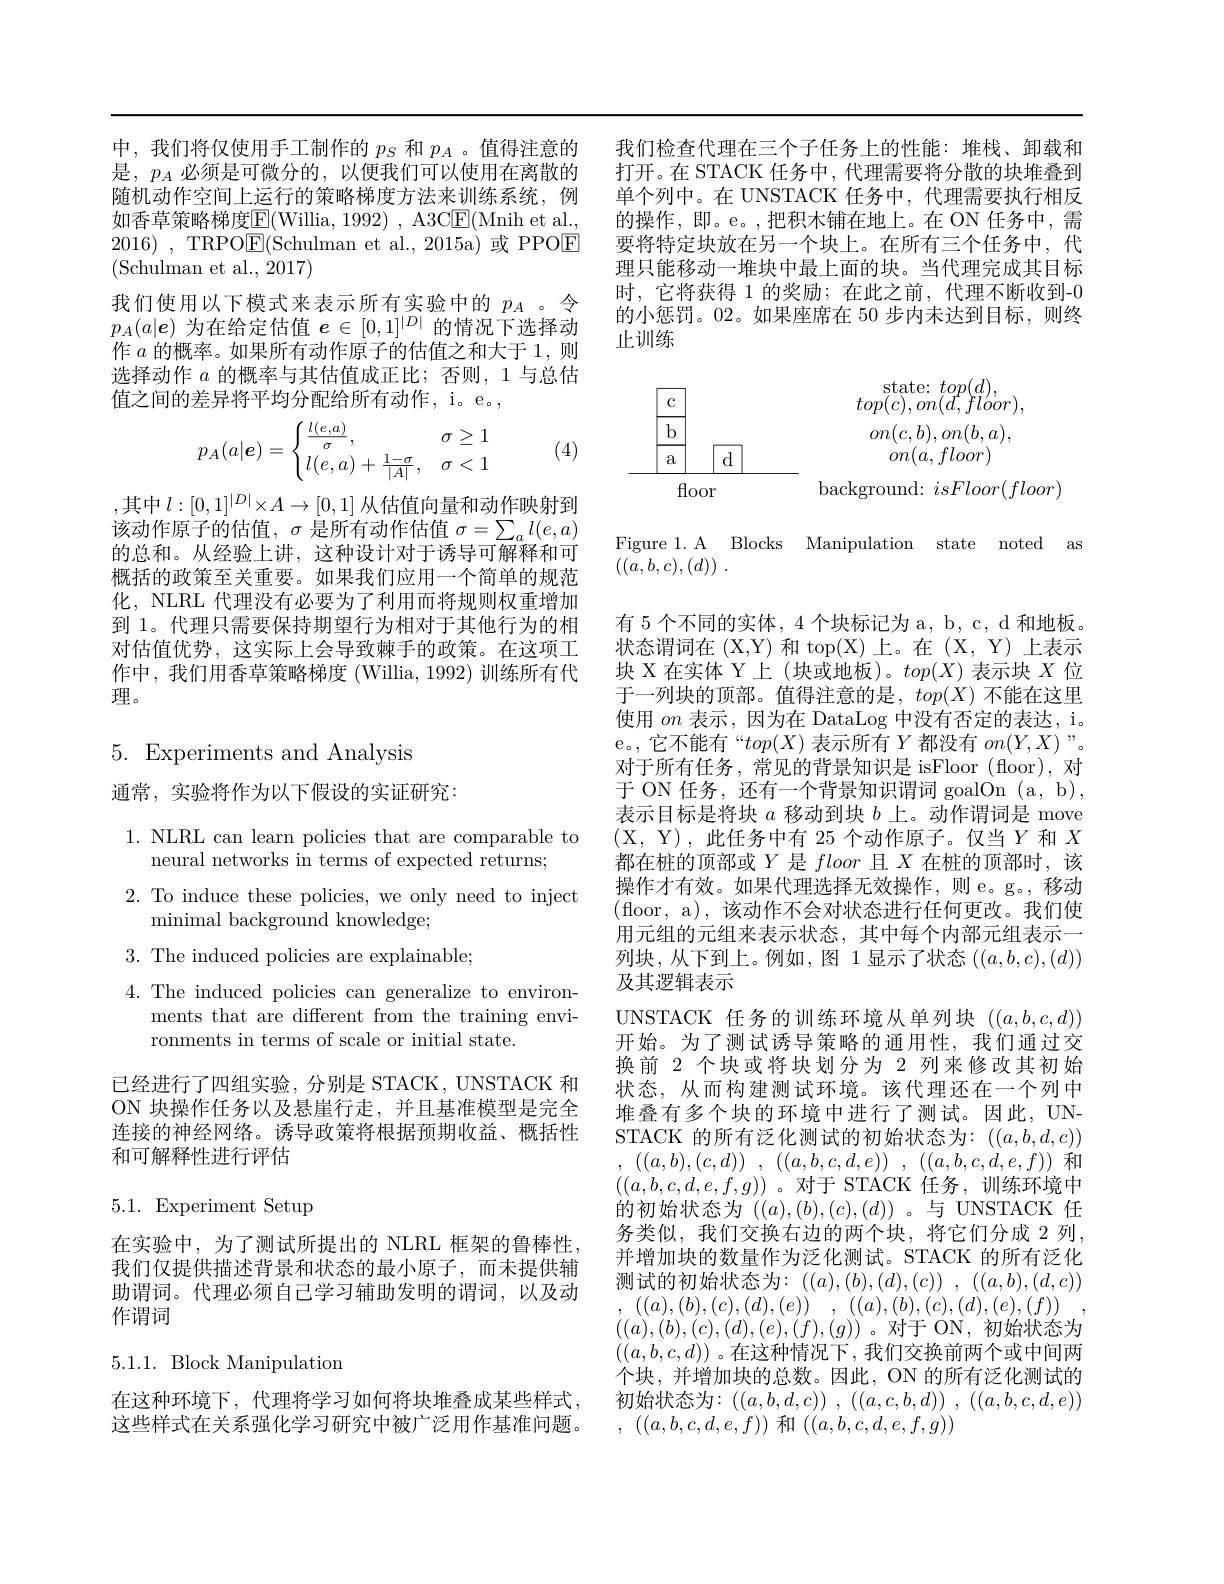
中，我们将仅使用手工制作的$p_S$和$p_A$ 。值得注意的如香草策略梯度$\boxed{\mathrm{E}}($Willia, 1992) , A3C$\boxed{\mathrm{F}}($Mnih et al., 2016) , TRPOE(Schulman et al.,2015a)或 PPOE (Schulman et al., 2017)
我们使用以下模式来表示所有实验中的$p_A$ 。令$p_A(a|\boldsymbol{e})$为在给定估值$e\in[0,1]^|D|$的情况下选择动作$a$的概率。如果所有动作原子的估值之和大于 1,则选择动作$a$的概率与其估值成正比；否则，1与总估值之间的差异将平均分配给所有动作，i。e。,
$$p_A(a|\boldsymbol e)=\begin{cases}\frac{l(e,a)}{\sigma},&\sigma\ge1\\l(e,a)+\frac{1-\sigma}{|A|},&\sigma<1\end{cases}$$
(4)

,其中 $l:[0,1]^|D|\times A\to[0,1]$ 从估值向量和动作映射到该动作原子的估值，$\sigma$是所有动作估值$\sigma=\sum_al(e,a)$ 的总和。从经验上讲，这种设计对于诱导可解释和可概括的政策至关重要。如果我们应用一个简单的规范化，NLRL 代理没有必要为了利用而将规则权重增加到 1。代理只需要保持期望行为相对于其他行为的相对估值优势，这实际上会导致棘手的政策。在这项工作中，我们用香草策略梯度(Willia,1992)训练所有代理。

$5.{\mathrm{Experiments~and~Analysis}}$

通常，实验将作为以下假设的实证研究：

1. NLRL can learn policies that are comparable to
neural networks in terms of expected returns;
2. To induce these policies, we only need to inject
minimal background knowledge;
3. The induced policies are explainable;

$4.{\mathrm{~The~induced~policies~can~generalize~to~environ-}}$
ments that are different from the training envi-
ronments in terms of scale or initial state.

已经进行了四组实验，分别是 STACK, UNSTACK 和ON 块操作任务以及悬崖行走，并且基准模型是完全连接的神经网络。诱导政策将根据预期收益、概括性和可解释性进行评估

# 5.1. Experiment Setup

在实验中，为了测试所提出的 NLRL 框架的鲁棒性， 我们仅提供描述背景和状态的最小原子，而未提供辅助谓词。代理必须自己学习辅助发明的谓词，以及动作谓词

5.1.1. Block Manipulation

这些样式在关系强化学习研究中被广泛用作基准问题。

我们检查代理在三个子任务上的性能：堆栈、卸载和
是，$p_A$必须是可微分的，以便我们可以使用在离散的 打开。在 STACK 任务中，代理需要将分散的块堆叠到随机动作空间上运行的策略梯度方法来训练系统，例 单个列中。在 UNSTACK 任务中，代理需要执行相反
的操作，即。e。,把积木铺在地上。在 ON 任务中，需要将特定块放在另一个块上。在所有三个任务中，代理只能移动一堆块中最上面的块。当代理完成其目标时，它将获得 1 的奖励；在此之前，代理不断收到-0的小惩罚。02。如果座席在 50 步内未达到目标，则终止训练

$\mathop{\mathrm{state:~}}top(d)$,
$\boxed{\text{c}}$
$top(c),on(d,floor)$,
$\boxed{\text{b}}$
$on(c,b),on(b,a)$,
$\boxed{\begin{array}{c|cc}{\boxed{\mathrm{a}}}&{\boxed{\mathrm{d}}}\\\end{array}}$
$on(a,floor)$
background: $isFloor(floor)$
floor

Figure 1. A Blocks Manipulation state noted as
$( ( a, b, c) , ( d) )$ .

有 5 个不同的实体，4 个块标记为 a, b, c, d 和地板。状态谓词在 (X,Y) 和 top( X) 上。在 (X,Y)上表示块 X 在实体 Y 上 (块或地板)。$top(X)$表示块$X$位于一列块的顶部。值得注意的是，$top(X)$不能在这里使用$on$表示，因为在 DataLog 中没有否定的表达，i。e。,它不能有“$top(X)$表示所有$Y$都没有$on(Y,X)$”。对于所有任务，常见的背景知识是 isFloor(floor), 对于 ON 任务，还有一个背景知识谓词 goalOn (a, b), 表示目标是将块$a$移动到块$b$上。动作谓词是 move (X, Y),此任务中有 25 个动作原子。仅当$Y$和$X$ 都在桩的顶部或$Y$是floor且$X$在桩的顶部时，该操作才有效。如果代理选择无效操作，则 e。g。,移动(floor, a), 该动作不会对状态进行任何更改。我们使用元组的元组来表示状态，其中每个内部元组表示一列块，从下到上。例如，图 1显示了状态$((a,b,c),(d))$ 及其逻辑表示
UNSTACK 任务的训练环境从单列块$((a,b,c,d))$ 开始。为了测试诱导策略的通用性，我们通过交换前 2 个块或将块划分为 2 列来修改其初始状态，从而构建测试环境。该代理还在一个列中堆叠有多个块的环境中进行了测试。因此，UNSTACK 的所有泛化测试的初始状态为：$((a,b,d,c))$ , $( ( a, b) , ( c, d) )$ , $( ( a, b, c, d, e) )$ , $( ( a, b, c, d, e, f) )$和$((a,b,c,d,e,f,g))$。对于 STACK 任务，训练环境中的初始状态为$((a),(b),(c),(d))$ 。与 UNSTACK 任务类似，我们交换右边的两个块，将它们分成 2 列， 并增加块的数量作为泛化测试。STACK 的所有泛化测试的初始状态为：$( ( a) , ( b) , ( d) , ( c) )$ , $( ( a, b) , ( d, c) )$ , $( ( a) , ( b) , ( c) , ( d) , ( e) )$ , $( ( a) , ( b) , ( c) , ( d) , ( e) , ( f) )$ $((a),(b),(c),(d),(e),(f),(g))$。对于 ON,初始状态为$((a,b,c,d))$。在这种情况下，我们交换前两个或中间两个块，并增加块的总数。因此，ON 的所有泛化测试的
在这种环境下，代理将学习如何将块堆叠成某些样式，初始状态为$:\left((a,b,d,c)\right),\left((a,c,b,d)\right),\left((a,b,c,d,e)\right)$
, $( ( a, b, c, d, e, f) )$和$((a,b,c,d,e,f,g))$